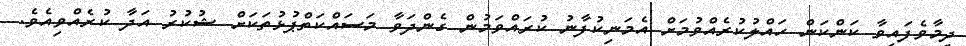
ދިމާވެފައިވާ ކަންކަން ހައްލުކުރެއްވުމަށް އެމަނިކުފާނު ކުރައްވަމުން ގެންދަވާ މަސައްކަތްޕުޅުތަކަށް ޝުކުރު އަދާ ކުރެއްވިއެވެ.